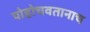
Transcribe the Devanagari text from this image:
पोहोचवतानाच